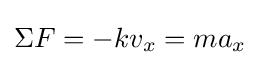
\Sigma F=-kv_{x}=ma_{x}